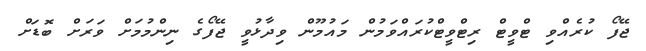
ޖޭފޯ ކުރެއްވި ޓްވީޓް ރިޓްވީޓްކުރައްވަމުން މައުމޫން ވިދާޅުވީ ޖޭފޯގެ ނިންމުމަށް ވަރަށް ބޮޑަށް